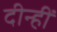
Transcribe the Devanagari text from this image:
दीन्‍हीं